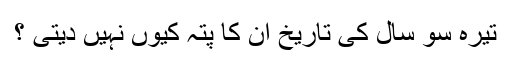
تیرہ سو سال کی تاریخ ان کا پتہ کیوں نہیں دیتی ؟